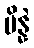
ပိန္နဲ